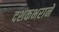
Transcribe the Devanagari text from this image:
दशकभराने